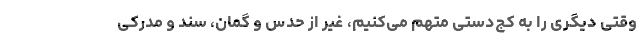
وقتی دیگری را به کج‌دستی متهم می‌کنیم، غیر از حدس و گمان، سند و مدرکی